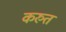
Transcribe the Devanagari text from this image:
करुत